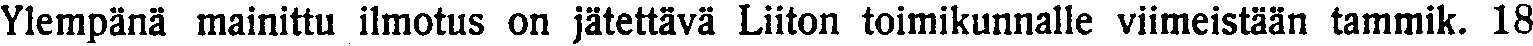
Ylempänä mainittu ilmotus on jätettävä Liiton toimikunnalle viimeistään tammik. 18